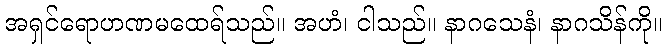
အရှင်ရောဟဏမထေရ်သည်။ အဟံ၊ ငါသည်။ နာဂသေနံ၊ နာဂသိန်ကို။